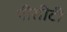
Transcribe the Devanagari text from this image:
पीसीटी